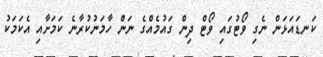
ކަނޑައަޅަން ނެގި ވޯޓުގައި ވޯޓް ދިން ގައުމެއްގެ ނަން ހާމަނުކުރާނެ ކަމަށާއި އެކަމަކު